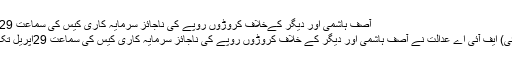
آصف ہاشمی اور دیگر کےخلاف کروڑوں روپے کی ناجائز سرمایہ کاری کیس کی سماعت 29اپریل تک ملتوی
لاہور ( این این آئی) ایف آئی اے عدالت نے آصف ہاشمی اور دیگر کے خلاف کروڑوں روپے کی ناجائز سرمایہ کاری کیس کی سماعت 29اپریل تک ملتوی کر دی ۔